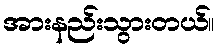
အားနည်းသွားတယ်။